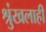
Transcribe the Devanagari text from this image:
श्रुंखलाही